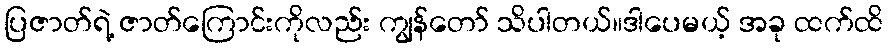
ပြဇာတ်ရဲ့ ဇာတ်ကြောင်းကိုလည်း ကျွန်တော် သိပါတယ်။ဒါပေမယ့် အခု ထက်ထိ